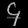
Digit: ၄